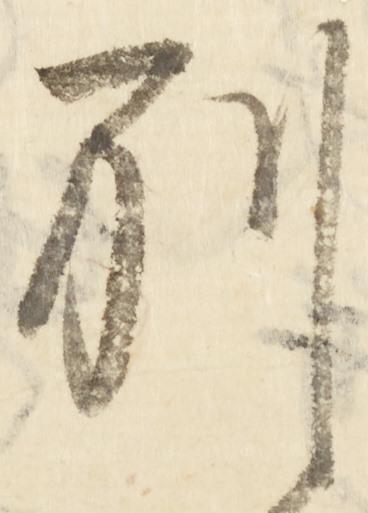
別